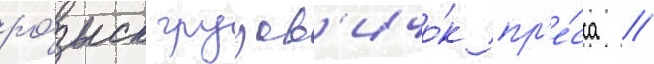
ро́зыск грузов'ичо́к пр'е́сса //